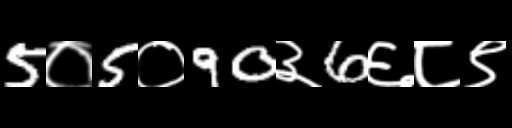
Text: 5०5०90३6६८९